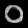
Digit: ၀